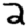
Digit: 2